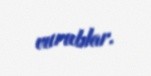
vurublar.